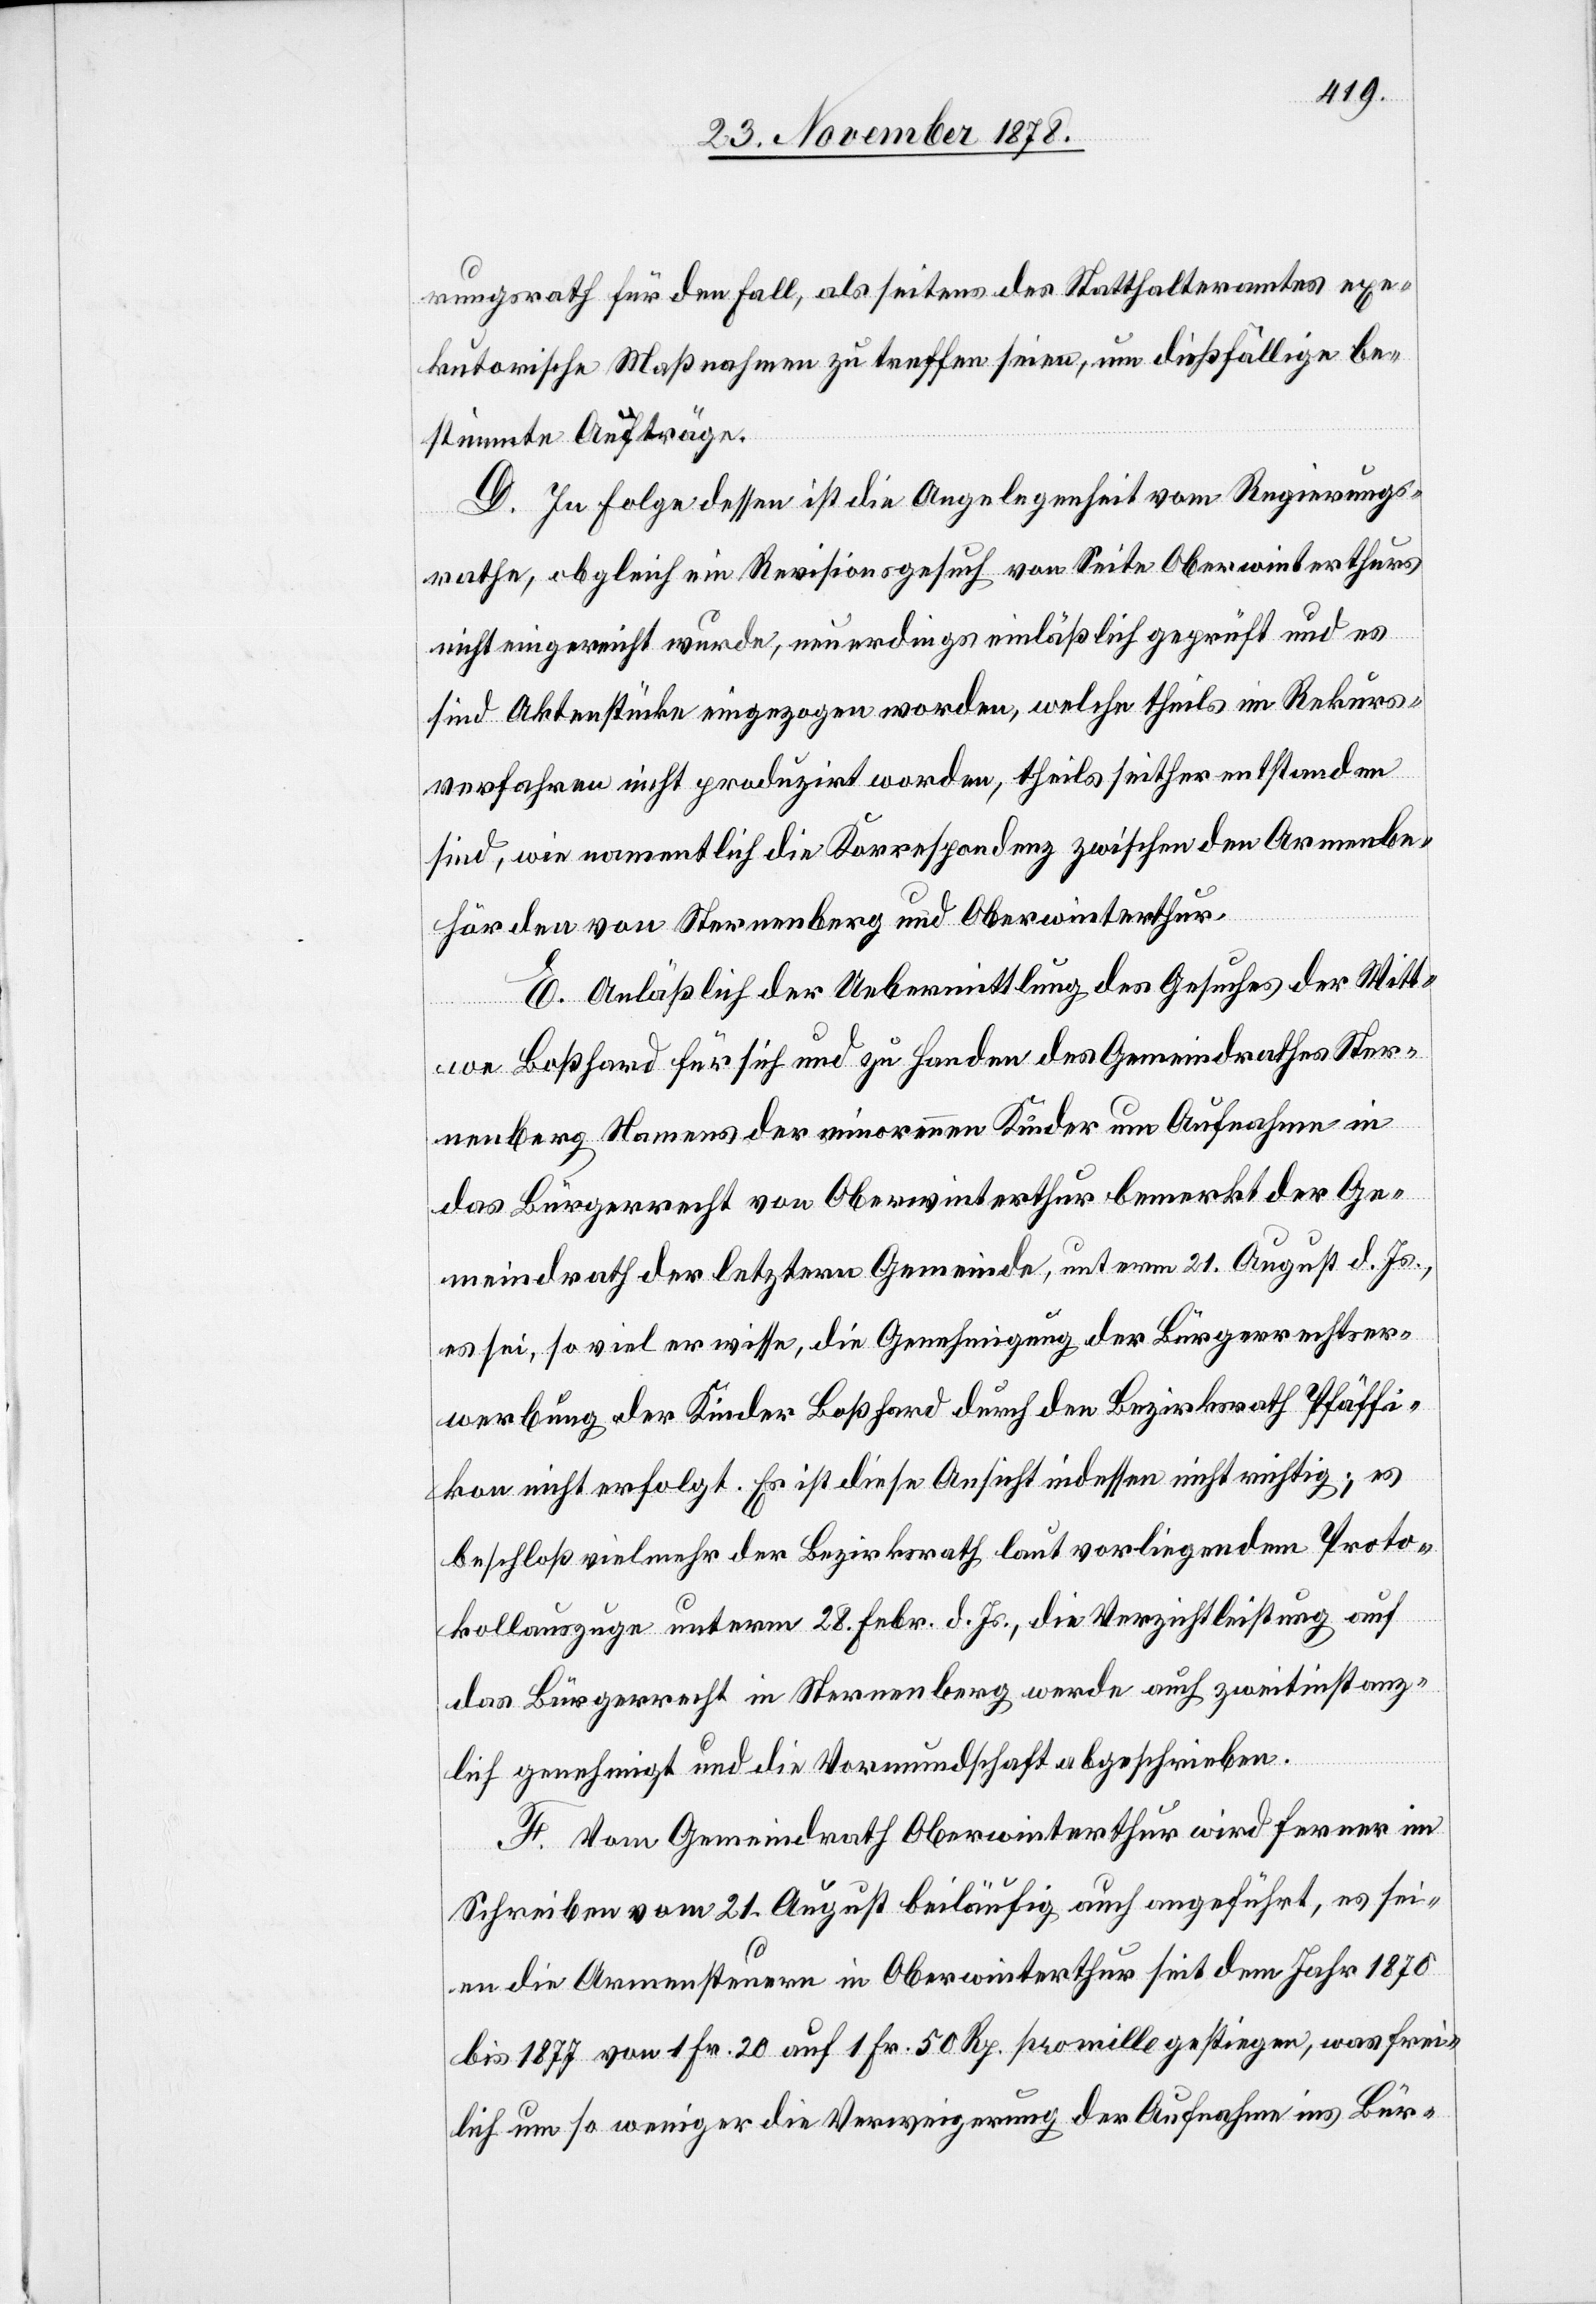
rungsrath für den Fall, als seitens des Statthalteramtes exe¬
kutorische Maßnahmen zu treffen seien, um dießfällige be¬
stimmte Aufträge.
D. In Folge dessen ist die Angelegenheit vom Regierungs¬
rathe, obgleich ein Revisionsgesuch von Seite Oberwinterthurs
nicht eingereicht wurde, neuerdings einläßlich geprüft und es
sind Aktenstücke eingezogen worden, welche theils im Rekurs¬
verfahren nicht produzirt worden, theils seither entstanden
sind, wie namentlich die Korrespondenz zwischen den Armenbe¬
hörden von Sternenberg und Oberwinterthur.
E. Anläßlich der Uebermittlung des Gesuches der Witt¬
we Boßhard für sich und zu Handen des Gemeindrathes Ster¬
nenberg Namens der minorennen Kinder um Aufnahme in
das Bürgerrecht von Oberwinterthur bemerkt der Ge¬
meindrath der letztern Gemeinde, unterm 21. August d. Js.,
es sei, so viel er wisse, die Genehmigung der Bürgerrechtser¬
werbung der Kinder Boßhard durch den Bezirksrath Pfäffi¬
kon nicht erfolgt. Es ist diese Ansicht indessen nicht richtig; es
beschloß vielmehr der Bezirksrath laut vorliegendem Proto¬
kollauszuge unterm 28. Febr. d. Js., die Verzichtleistung auf
das Bürgerrecht in Sternenberg werde auch zweitinstanz¬
lich genehmigt und die Vormundschaft abgeschrieben.
F. Vom Gemeindrath Oberwinterthur wird ferner im
Schreiben vom 21. August beiläufig auch angeführt, es sei¬
en die Armensteuern in Oberwinterthur seit dem Jahr 1870
bis 1877 von 1 Fr. 20 auf 1 Fr. 50 Rp. pro mille gestiegen, was frei¬
lich um so weniger die Verweigerung der Aufnahme ins Bür-